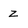
Character: z